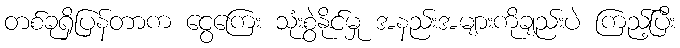
တစ်ခုရှိပြန်တာက ငွေကြေး သုံးစွဲနိုင်မှု အနည်းအများကိုချည်းပဲ ကြည့်ပြီး